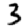
Digit: 3